DOW-UAP-D5, Mission Report, Arabian Gulf, 2020
Agency: Department of War
Incident location: Mediterranean Sea
Page 2
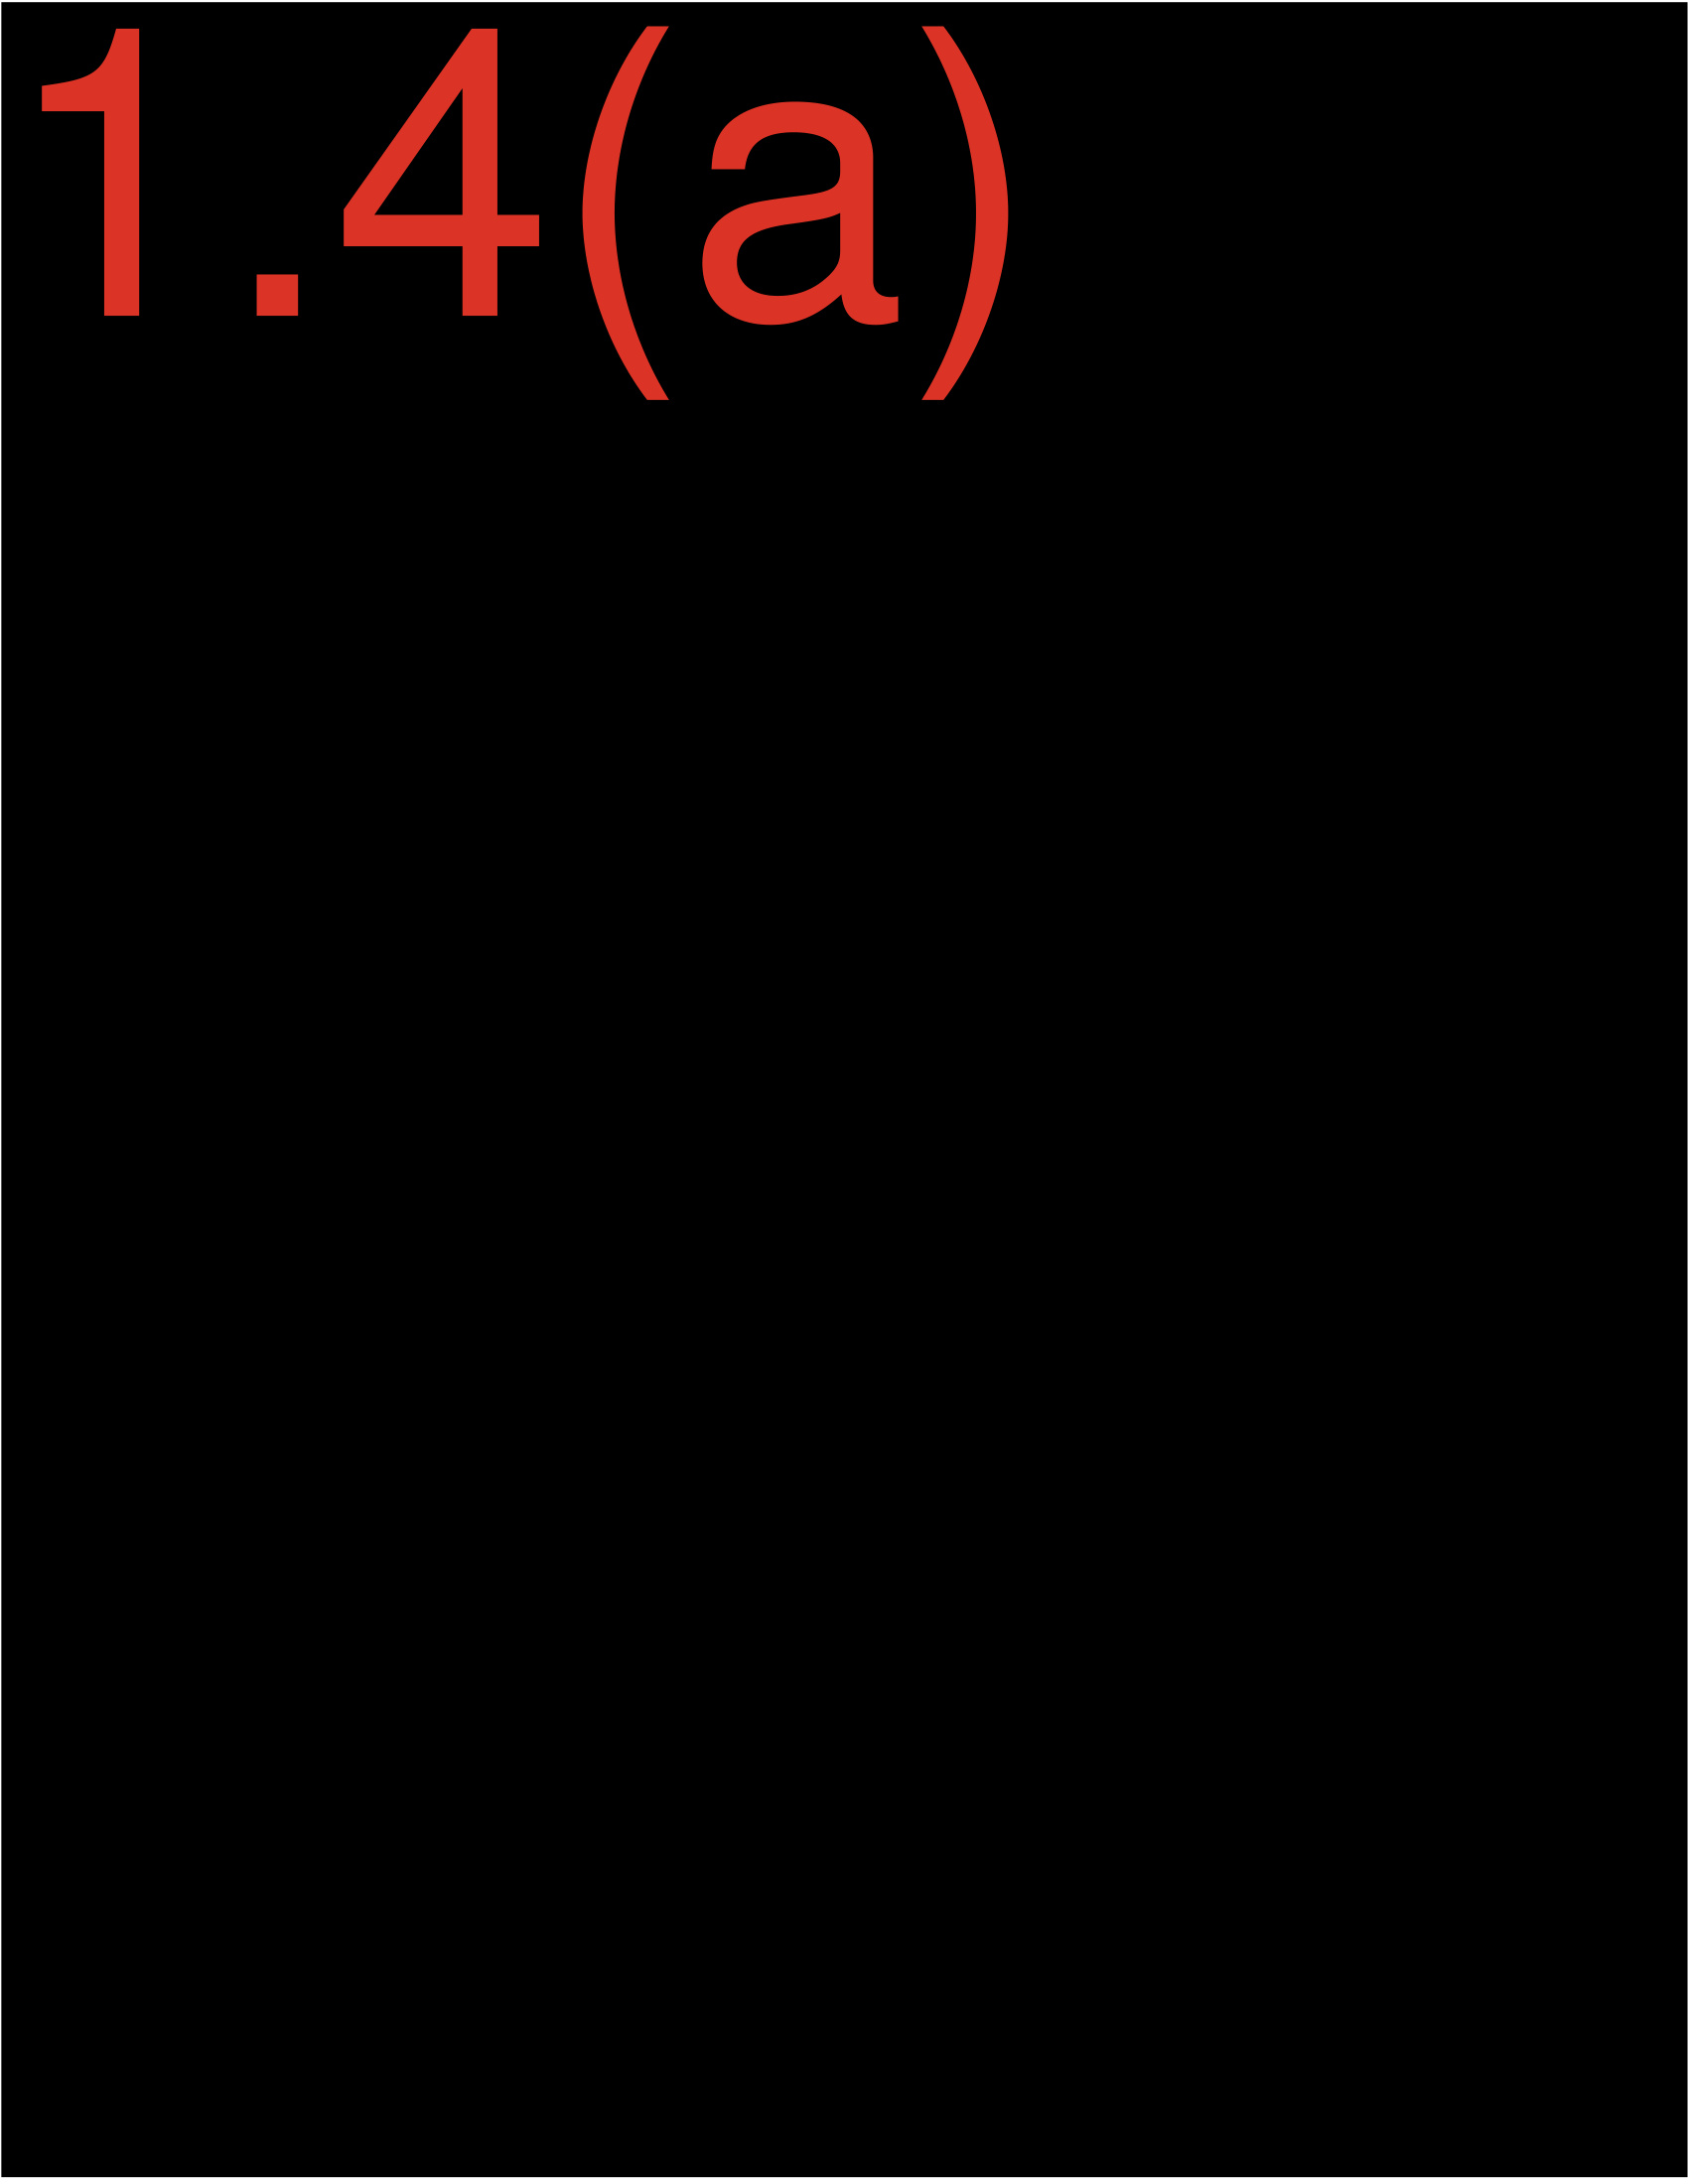